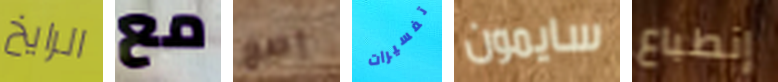
الرايخ مع إصغ تفسيرات سايمون إنطباع